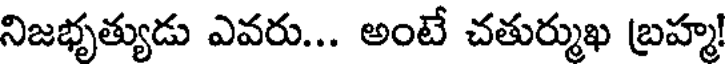
నిజభృత్యుడు ఎవరు... అంటే చతుర్ముఖ బ్రహ్మ!